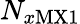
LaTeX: N_{x\mathrm{MX1}}